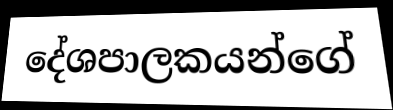
දේශපාලකයන්ගේ